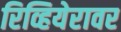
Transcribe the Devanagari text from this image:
रिव्हियेरावर